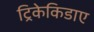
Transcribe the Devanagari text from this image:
ट्रिकेकिडाए